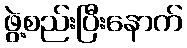
ဖွဲ့စည်းပြီးနောက်